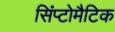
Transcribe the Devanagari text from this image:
सिंप्टोमैटिक